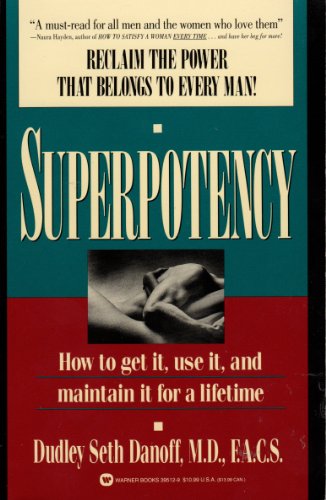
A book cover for Superpotency: How to Get It, Use It, and Maintain It for a Lifetime; Dudley Seth, M.D. Danoff; Health, Fitness & Dieting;